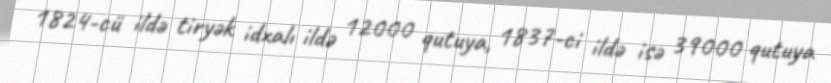
1824-cü ildə tiryək idxalı ildə 12000 qutuya, 1837-ci ildə isə 39000 qutuya